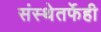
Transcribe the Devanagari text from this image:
संस्थेतर्फेही